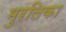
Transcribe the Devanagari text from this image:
मुरलिका